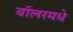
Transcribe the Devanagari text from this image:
बॉलरमधे